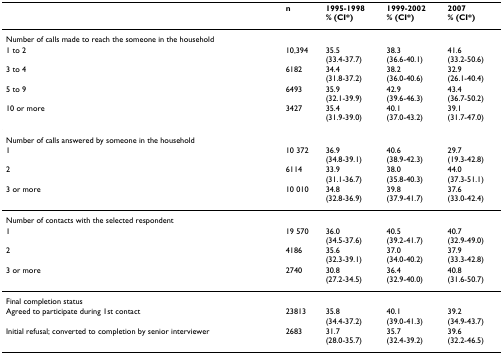
|  | n | 1995-1998% (CI*) | 1999-2002% (CI*) | 2007% (CI*) |
 | --- | --- | --- | --- | --- |
 | Number of calls made to reach the someone in the household |  |  |  |  |
 | 1 to 2 | 10,394 | 35.5(33.4-37.7) | 38.3(36.6-40.1) | 41.6(33.2-50.6) |
 | 3 to 4 | 6182 | 34.4(31.8-37.2) | 38.2(36.0-40.6) | 32.9(26.1-40.4) |
 | 5 to 9 | 6493 | 35.9(32.1-39.9) | 42.9(39.6-46.3) | 43.4(36.7-50.2) |
 | 10 or more | 3427 | 35.4(31.9-39.0) | 40.1(37.0-43.2) | 39.1(31.7-47.0) |
 | Number of calls answered by someone in the household |  |  |  |  |
 | 1 | 10 372 | 36.9(34.8-39.1) | 40.6(38.9-42.3) | 29.7(19.3-42.8) |
 | 2 | 6114 | 33.9(31.1-36.7) | 38.0(35.8-40.3) | 44.0(37.3-51.1) |
 | 3 or more | 10 010 | 34.8(32.8-36.9) | 39.8(37.9-41.7) | 37.6(33.0-42.4) |
 | Number of contacts with the selected respondent |  |  |  |  |
 | 1 | 19 570 | 36.0(34.5-37.6) | 40.5(39.2-41.7) | 40.7(32.9-49.0) |
 | 2 | 4186 | 35.6(32.3-39.1) | 37.0(34.0-40.2) | 37.9(33.3-42.8) |
 | 3 or more | 2740 | 30.8(27.2-34.5) | 36.4(32.9-40.0) | 40.8(31.6-50.7) |
 | Final completion status |  |  |  |  |
 | Agreed to participate during 1st contact | 23813 | 35.8(34.4-37.2) | 40.1(39.0-41.3) | 39.2(34.9-43.7) |
 | Initial refusal; converted to completion by senior interviewer | 2683 | 31.7(28.0-35.7) | 35.7(32.4-39.2) | 39.6(32.2-46.5) |